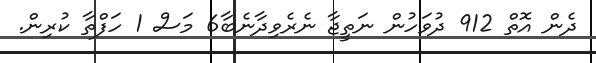
ދެން އޮތް 912 ދުވަހުން ނަތީޖާ ނެރެވިދާނެބާ6 މަސް 1 ހަފްތާ ކުރިން.